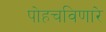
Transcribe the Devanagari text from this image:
पोहचविणारे